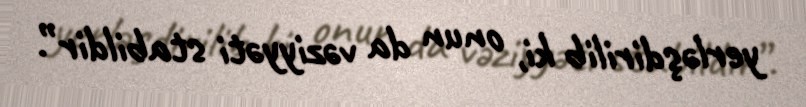
yerləşdirilib ki, onun da vəziyyəti stabildir”.